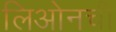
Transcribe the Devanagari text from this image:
लिओनची